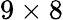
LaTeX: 9\times 8